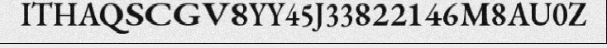
ITHAQSCGV8YY45J33822146M8AU0Z